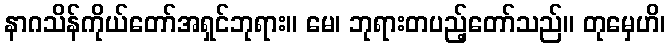
နာဂသိန်ကိုယ်တော်အရှင်ဘုရား။ မေ၊ ဘုရားတပည့်တော်သည်။ တုမှေဟိ၊